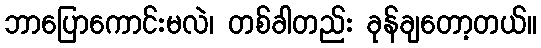
ဘာပြောကောင်းမလဲ၊ တစ်ခါတည်း ခုန်ချတော့တယ်။